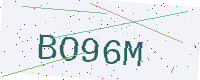
Text: BO96M